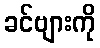
ခင်ဗျားကို